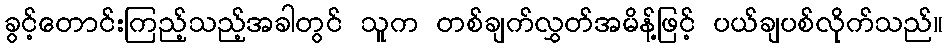
ခွင့်တောင်းကြည့်သည့်အခါတွင် သူက တစ်ချက်လွှတ်အမိန့်ဖြင့် ပယ်ချပစ်လိုက်သည်။